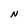
Character: N